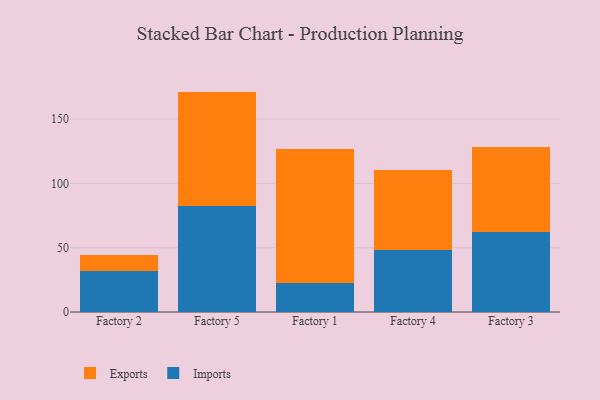
{"axis": {"x": "Factory", "y": "Revenue (USD Million)"}, "legend": ["Exports", "Imports"], "data": [{"x": "Factory 2", "y": 31.9, "type": "Imports"}, {"x": "Factory 2", "y": 12.2, "type": "Exports"}, {"x": "Factory 5", "y": 82.2, "type": "Imports"}, {"x": "Factory 5", "y": 89.2, "type": "Exports"}, {"x": "Factory 1", "y": 22.8, "type": "Imports"}, {"x": "Factory 1", "y": 104.1, "type": "Exports"}, {"x": "Factory 4", "y": 48.3, "type": "Imports"}, {"x": "Factory 4", "y": 62.4, "type": "Exports"}, {"x": "Factory 3", "y": 62.3, "type": "Imports"}, {"x": "Factory 3", "y": 66.2, "type": "Exports"}]}